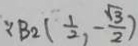
\because B _ { 2 } ( \frac { 1 } { 2 } , - \frac { \sqrt { 3 } } { 2 } )